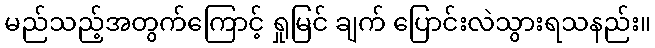
မည်သည့်အတွက်ကြောင့် ရှုမြင် ချက် ပြောင်းလဲသွားရသနည်း။